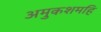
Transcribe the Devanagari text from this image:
अमुकशमहिं